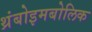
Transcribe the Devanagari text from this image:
थ्रंबोइमबोलिक